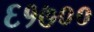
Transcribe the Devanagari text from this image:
६१७००